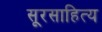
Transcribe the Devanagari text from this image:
सूरसाहित्य